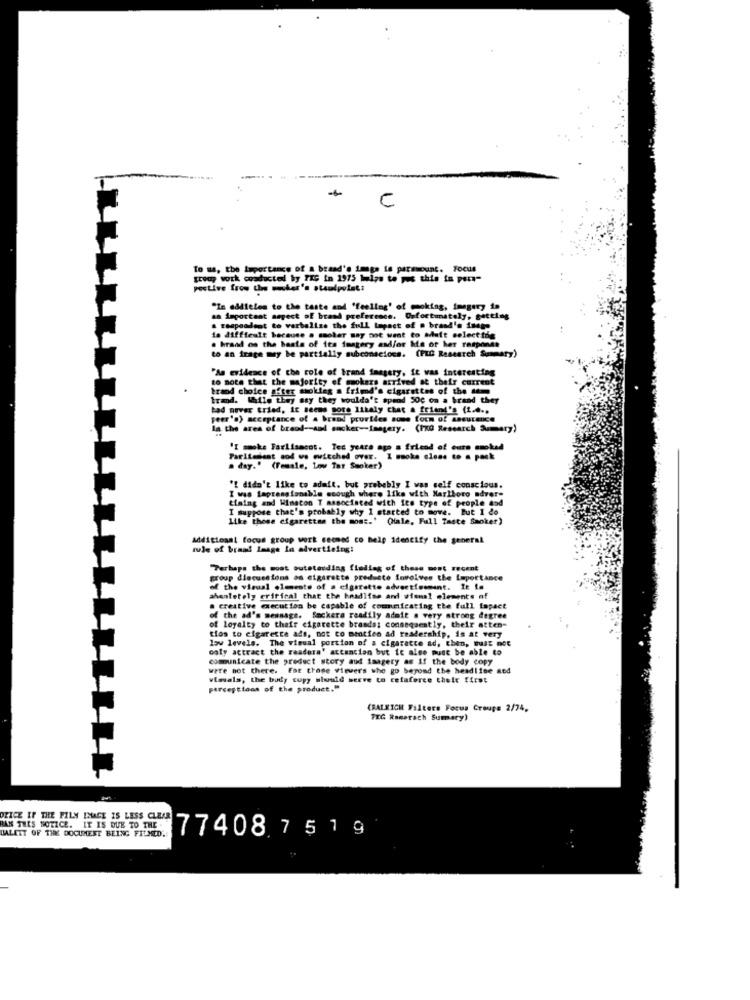
-
C
To we, the Importance of a braad's image is parmount, Focus
group work conducted by TIG in 1975 helps to pos this is pera"
pective frow the meier's staulpelet:
"In addition to the taste and 'feeling' of moking, imagery in
an important aspect of brand preference. Unfortunately, getting
a respondent to verbalize the full Lapact of . brand's inage
La diffieult because a smoker may not want to Miatt selecting
to an frage may be partially subconscious. (PLC Research Summary)
. brand on the basis of its fongery and/or kis of her respones
"As evidence of the role of brand imagery, it was interesting
to note that the majority of smokers arrived at their current
trind
trand choice
Att soules a frimd's cigarettes of the Me
trand. While they say they woulda't spend 50c on a brand they
bad never tried, it seems gore likaly chat a friend's (1 ....
peer's) acceptance of a brand pruriles some form of aacutenice
la the area of braod -- and smoker -- imagery. (Ix0 Research Summary)
'I smoke Farlisacot. Tec years ago a friend of cure smoked
Paritedent cod wo ewitched over.
. 1 naoka close to a pack
a day." (Female, Low Tar Smoker)
I was Lapressionable ecough where like with Marlboro adver-
'I didn't like to admit. but probably I was self conscious.
timing and Winacon T associated with its type of people aod
I suppose that's probably why I started to move. But I do
Like these cigarettes the most.' (Hale, Full Taste Smoker)
Additional focus group work seemed co help identify the general
rule of bran! laage ia advertising!
"Perhaps the most outstanding finding of these most recent
group discussions on cigarette producte Involves the Leportance
of the visual elements of a cigarette advertisement. It to
ahenletely critical that the headlise and wiemal elements of
. creative execution be capable of communicating the full fapact
of the ad's message. Sackera readily admit . very strong degree
of loyalty to their cigarette brands; consequently, their atten-
tios to cigarette ads, not to mentico ad readership, is at very
low levels. The visual portion of a cigaratte ad, then, But not
coly attract the readers' attention but it also must be able to
comunicate the product story aud imagery as if the body copy
were not there. Est those wirvers she go beyond the headline and
vinsals, the body copy siwuld serve to cefaforce their first
perceptions of the product."
(RALNICH Filters Focus Groups 2/74,
TIG Ramorach Sumary)
ORICE IF THE FILM IMAGE IS LESS CLEAR
BAN THIS NOTICE. IT IS DUE TO THE
BALETT OF THE DOCUMENT BEING FILMED.
77408 7519